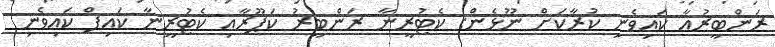
ރަންބީރުއާ ކައިވެނި ކުރާކަށް ނޫޅެން: ކެޓުރީނާ ރަންބީރު ކަޕޫރާއި ކެޓުރީނާ ކައިފް ކައިވެނި